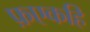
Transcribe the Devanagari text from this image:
फ़एकहि